Civil Veterinary Dept. Assam report 1927-50 - 1927-1950
Year: 1927
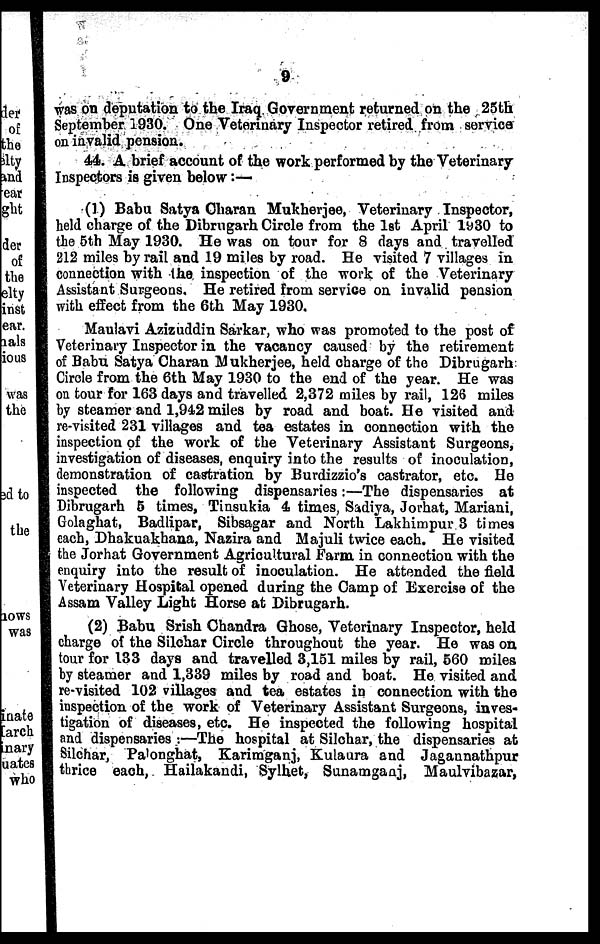
9
was on deputation to the Iraq Government returned on the 25th
September 1930. One Veterinary Inspector retired from service
on invalid pension.
44. A brief account of the work performed by the Veterinary
Inspectors is given below :—
(1) Babu Satya Charan Mukherjee, Veterinary Inspector,
held charge of the Dibrugarh Circle from the 1st April 1930 to
the 5th May 1930. He was on tour for 8 days and travelled
212 miles by rail and 19 miles by road. He visited 7 villages in
connection with the inspection of the work of the Veterinary
Assistant Surgeons. He retired from service on invalid pension
with effect from the 6th May 1930.
Maulavi Azizuddin Sarkar, who was promoted to the post of
Veterinary Inspector in the vacancy caused by the retirement
of Babu Satya Charan Mukherjee, held charge of the Dibrugarh
Circle from the 6th May 1930 to the end of the year. He was
on tour for 163 days and travelled 2,372 miles by rail, 126 miles
by steamer and 1,942 miles by road and boat. He visited and
re-visited 231 villages and tea estates in connection with the
inspection of the work of the Veterinary Assistant Surgeons,
investigation of diseases, enquiry into the results of inoculation,
demonstration of castration by Burdizzio's castrator, etc. He
inspected the following dispensaries:—The dispensaries at
Dibrugarh 5 times, Tinsukia 4 times, Sadiya, Jorhat, Mariani,
Golaghat, Badlipar, Sibsagar and North Lakhimpur 3 times
each, Dhakuakhana, Nazira and Majuli twice each. He visited
the Jorhat Government Agricultural Farm in connection with the
enquiry into the result of inoculation. He attended the field
Veterinary Hospital opened during the Camp of Exercise of the
Assam Valley Light Horse at Dibrugarh.
(2) Babu Srish Chandra Ghose, Veterinary Inspector, held
charge of the Silchar Circle throughout the year. He was on
tour for 133 days and travelled 3,151 miles by rail, 560 miles
by steamer and 1,339 miles by road and boat. He visited and
re-visited 102 villages and tea estates in connection with the
inspection of the work of Veterinary Assistant Surgeons, inves-
tigation of diseases, etc. He inspected the following hospital
and dispensaries :—The hospital at Silchar, the dispensaries at
Silchar, Palonghat, Karimganj, Kulaura and Jagannathpur
thrice each, Hailakandi, Sylhet, Sunamganj, Maulvibazar,